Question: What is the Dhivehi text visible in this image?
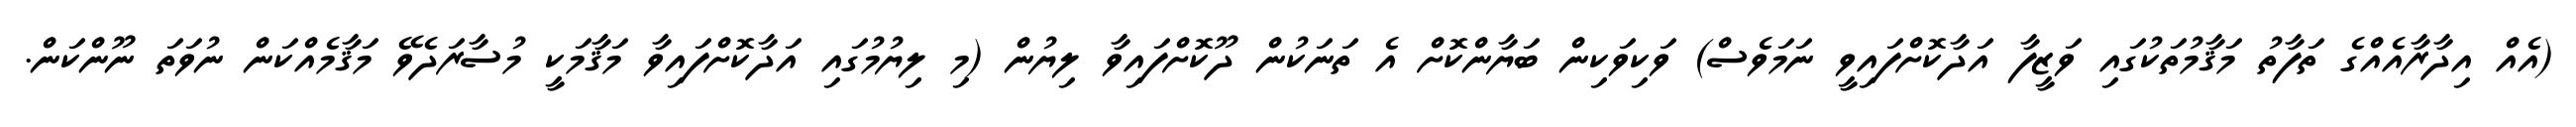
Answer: (އެއް އިދާރާއެއްގެ ތަފާތު މަޤާމުތަކުގައި ވަޒީފާ އަދާކޮށްފައިވީ ނަމަވެސް) ވަކިވަކިން ބަޔާންކޮށް އެ ތަނަކުން ދޫކޮށްފައިވާ ލިޔުން (މި ލިޔުމުގައި އަދާކޮށްފައިވާ މަޤާމަކީ މުސާރަދެވޭ މަޤާމެއްކަން ނުވަތަ ނޫންކަން.